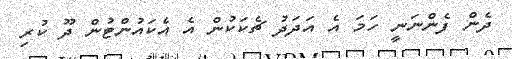
ދެން ފެންނަނީ ހަމަ އެ އަދަދު ޗެކަކުން އެ އެކައުންޓުން ދޫ ކުރި